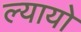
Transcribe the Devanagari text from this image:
ल्यायो